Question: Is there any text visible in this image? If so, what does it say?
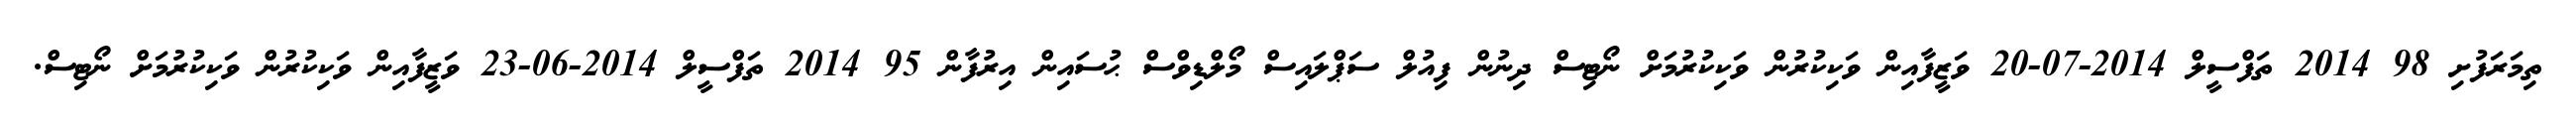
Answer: ތިމަރަފުށި 98 2014 ތަފްސީލް 2014-07-20 ވަޒީފާއިން ވަކިކުރުން ވަކިކުރުމަށް ނޯޓިސް ދިނުން ފިއުލް ސަޕްލައިސް މޯލްޑިވްސް ޙުސައިން އިރުފާން 95 2014 ތަފްސީލް 2014-06-23 ވަޒީފާއިން ވަކިކުރުން ވަކިކުރުމަށް ނޯޓިސް.